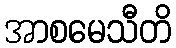
အာစမေသီတိ